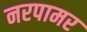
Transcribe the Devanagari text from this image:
नरपामर